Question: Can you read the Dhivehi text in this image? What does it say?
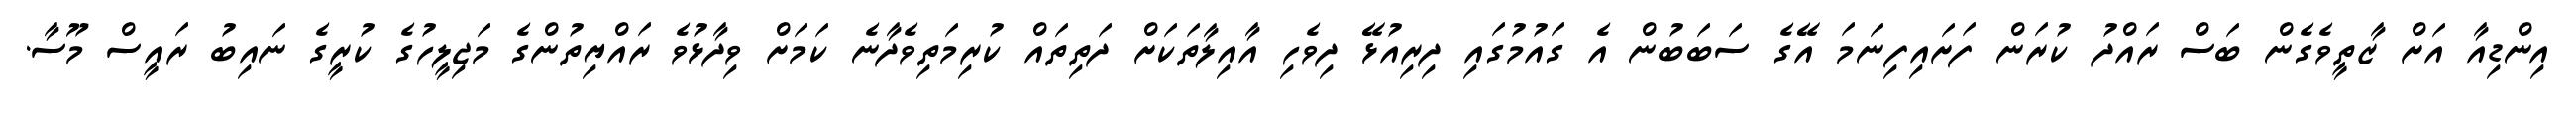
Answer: އިންޑިއާ އަށް ޒާތީވެގެން ބަސް ރައްދު ކުރަން ފަށައިފިނަމަ އޭގެ ސަބަބުން އެ ގައުމުގައި ދިރިއުޅޭ ދިވެހި އާއިލާތަކަށް ދަތިތައް ކުރިމަތިވެދާނެ ކަމަށް ވިދާޅުވެ ރައްޔިތުންގެ މަޖިލީހުގެ ކުރީގެ ނައިބު ރައީސް މޫސާ.